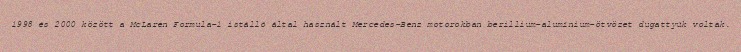
1998 és 2000 között a McLaren Formula–1 istálló által használt Mercedes-Benz motorokban berillium-alumínium-ötvözet dugattyúk voltak.